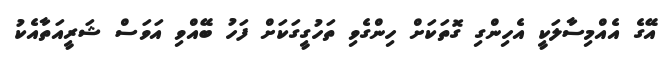
އޭގެ އެއްމިސާލަކީ އެހިންގި ގޮތަކަށް ހިންގެވި ތަހުގީގަކަށް ފަހު ބޭއްވި އަވަސް ޝަރީއަތާއެކު